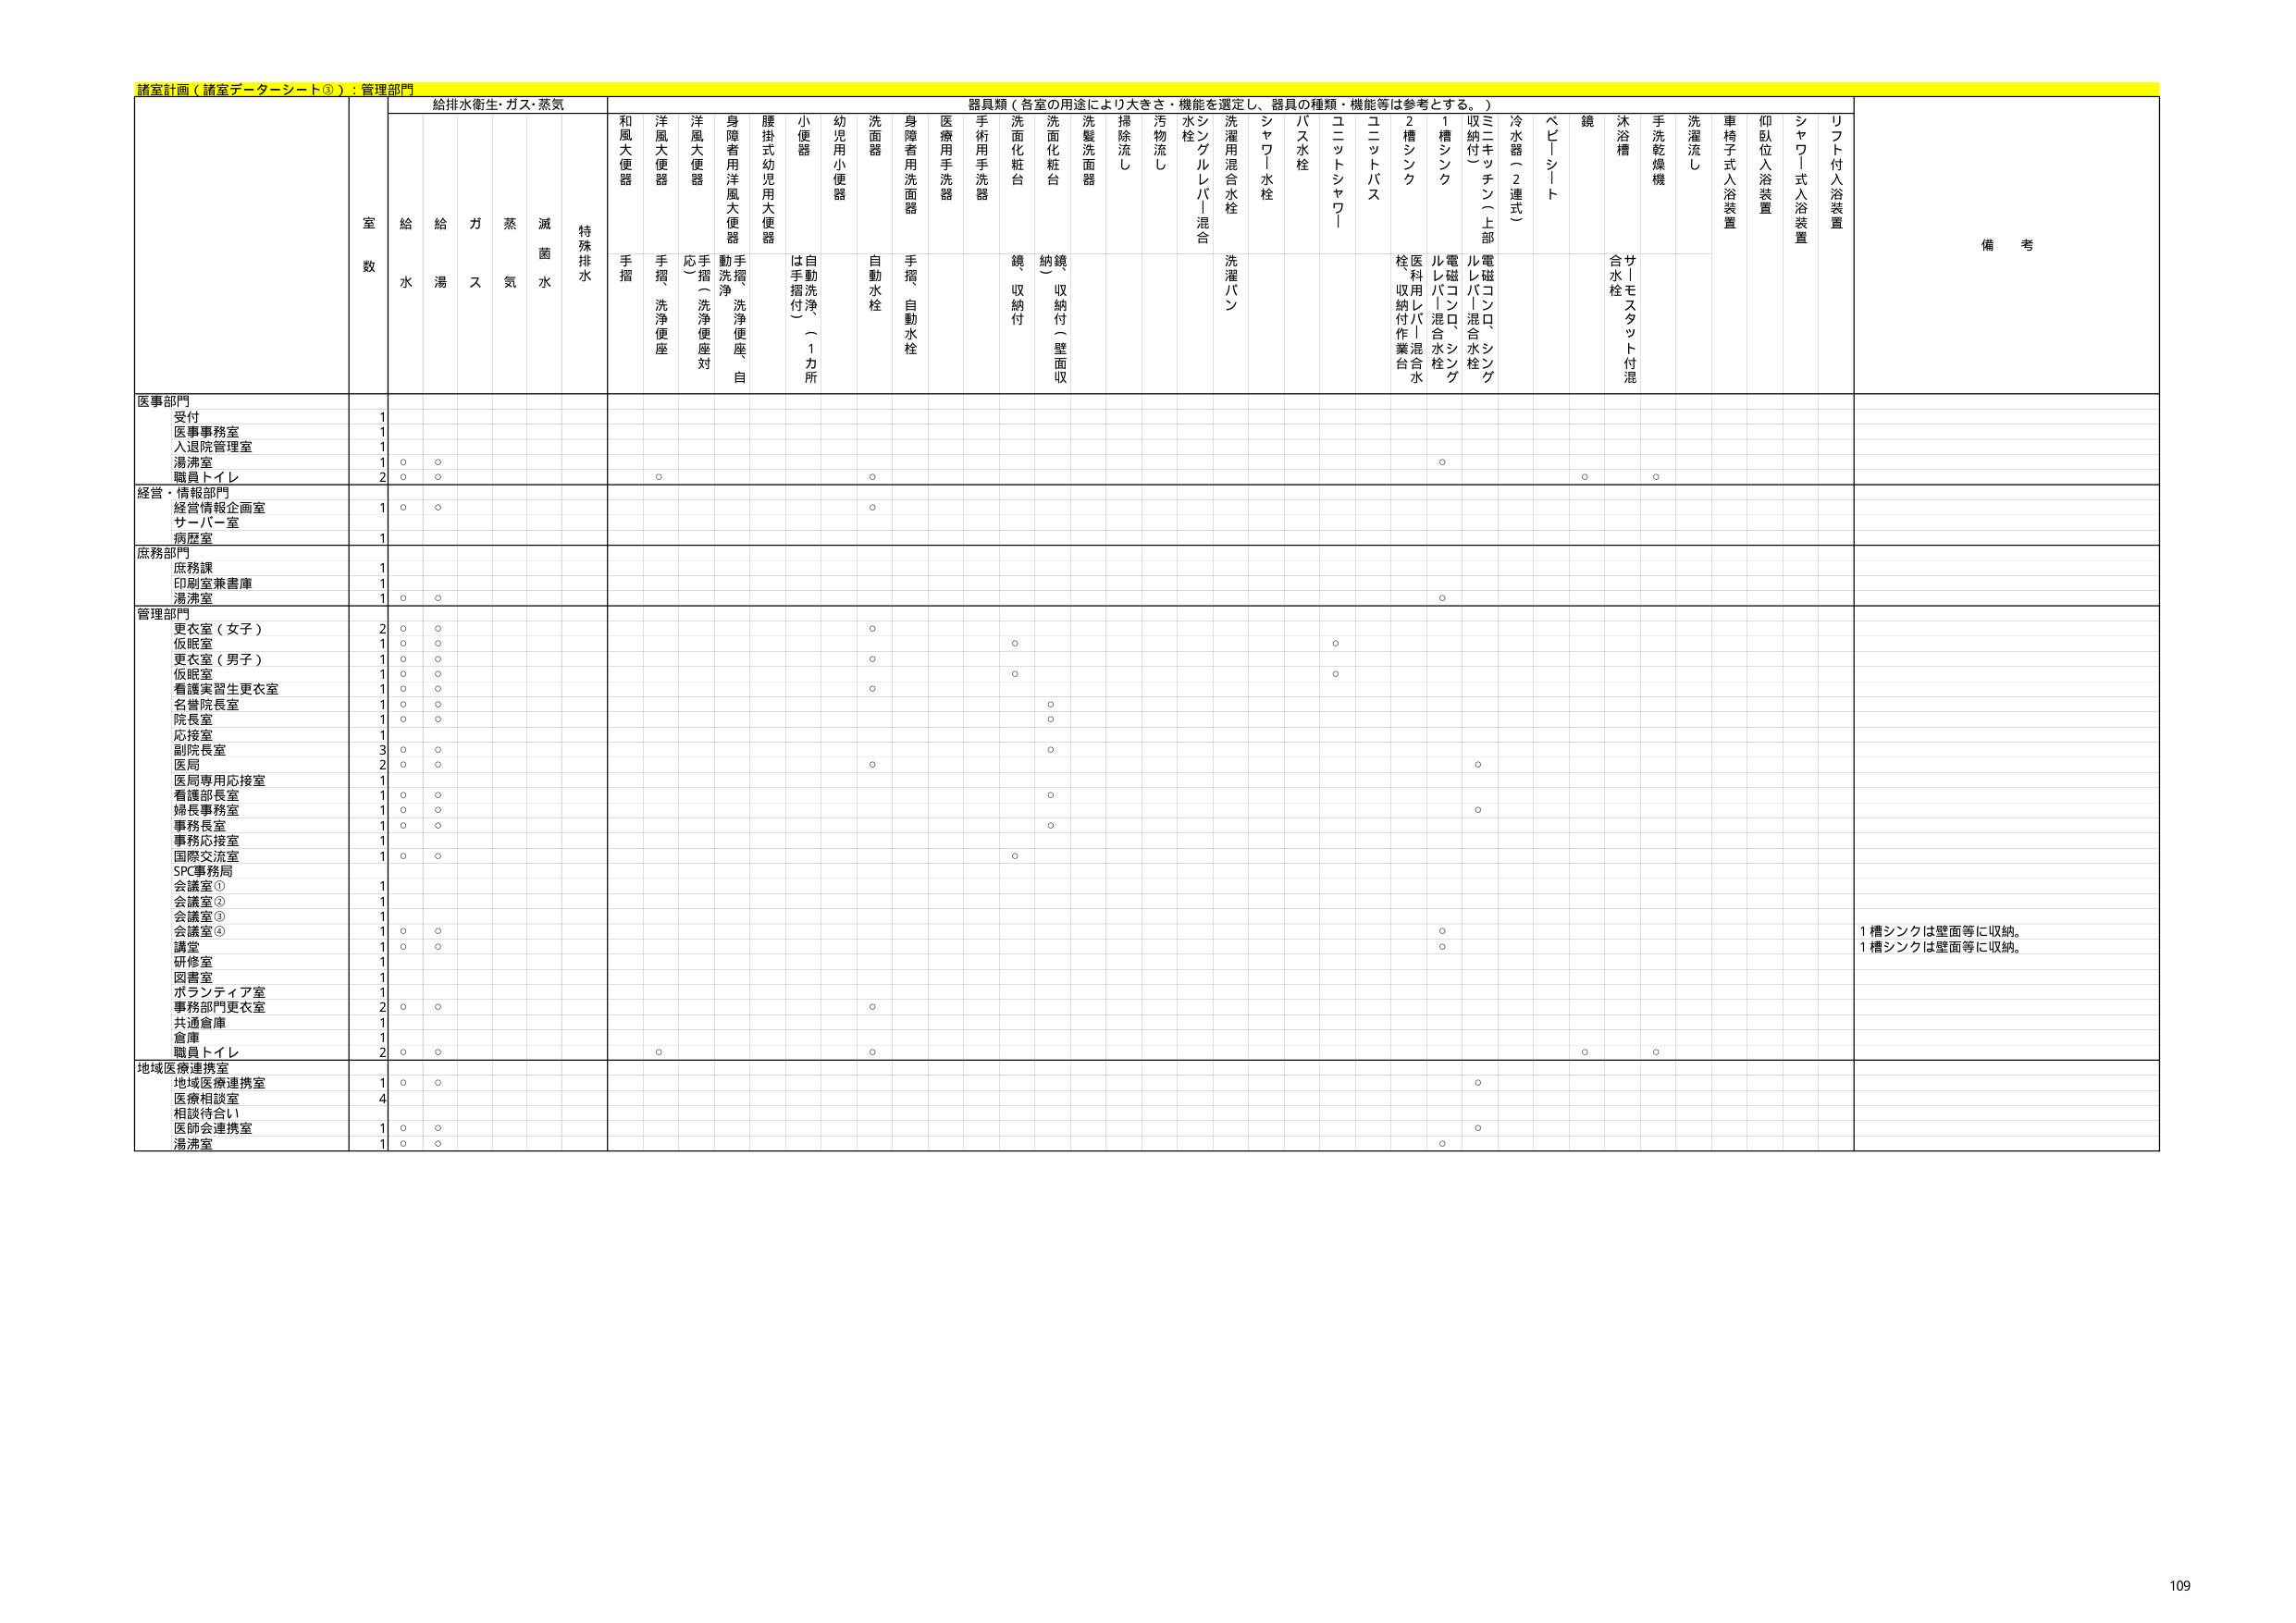
諸室計画（諸室データシート③）：管理部門

給排水衛生・ガス・蒸気
室数
給水
給湯
ガス
蒸気
滅菌水
特殊排水

器具類（各室の用途により大きさ・機能を選定し、器具の種類・機能等は参考とする。）
和風大便器
手摺
洋風大便器
手摺
洗浄便座
洋風大便器
応摺（洗浄便座対）
身障者用洋風大便器
動洗浄
手摺
洗浄便座
自
腰掛式幼児用大便器
小便器
は手摺付（1カ所）
自動洗浄
幼児用小便器
洗面器
自動水栓
身障者用洗面器
手摺
自動水栓
医療用手洗器
手術用手洗器
洗面化粧台
鏡収納付
洗面化粧台
納鏡（収納付（壁面収）
洗髪洗面器
掃除流し
汚物流し
水栓
シンクルレバー混合
洗濯用混合水栓
洗濯パン
シャワー水栓
バス水栓
ユニットシャワー
ユニットバス
2槽シンク
医療用レバー混合水栓
収納付作業台
1槽シンク
電磁バコンロ、シンク
電磁バコンロ、シンク
ミニキッチン（上部収納付）
冷水器（2連式）
ベビーシート
鏡
サトモスタット付混合水栓
沐浴槽
手洗乾燥機
洗濯流し
車椅子式入浴装置
仰臥位入浴装置
シャワー式入浴装置
リフト付入浴装置
備考

医事部門
受付
1
医事事務室
1
入退院管理室
1
湯沸室
1
○
○
○
職員トイレ
2
○
○
○
○
○
○

経営・情報部門
経営情報企画室
1
○
○
○
サーバー室
病歴室
1

庶務部門
庶務課
1
印刷室兼書庫
1
湯沸室
1
○
○
○

管理部門
更衣室（女子）
2
○
○
○
仮眠室
1
○
○
○
更衣室（男子）
1
○
○
○
仮眠室
1
○
○
○
○
着護実習生更衣室
1
○
○
○
名誉院長室
1
○
○
○
院長室
1
○
○
○
応接室
1
副院長室
3
○
○
○
医局
2
○
○
○
医局専用応接室
1
看護部長室
1
○
○
○
婦長事務室
1
○
○
○
事務長室
1
○
○
○
事務応接室
1
国際交流室
1
○
○
○
SPC事務局
会議室①
1
会議室②
1
会議室③
1
会議室④
1
○
○
○
講堂
1
○
○
○
研修室
1
図書室
1
ボランティア室
1
事務部門更衣室
2
○
○
○
共通倉庫
1
倉庫
1
職員トイレ
2
○
○
○
○
○
○

地域医療連携室
地域医療連携室
1
○
○
○
医療相談室
4
相談待合い
医師会連携室
1
○
○
○
湯沸室
1
○
○
○

1槽シンクは壁面等に収納。
1槽シンクは壁面等に収納。

109